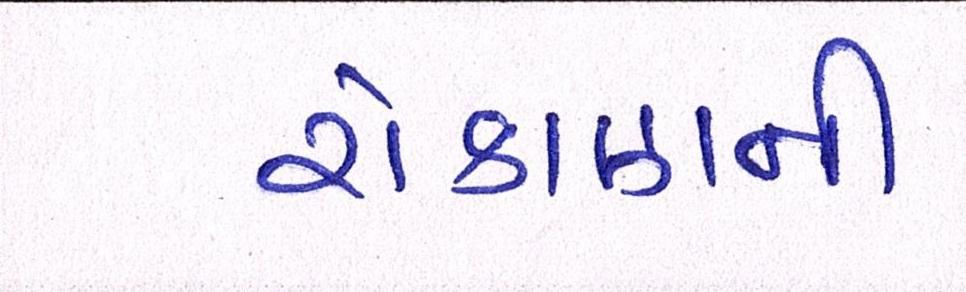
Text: રોકાણની